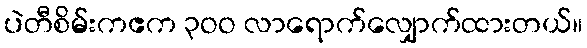
ပဲတီစိမ်းကဧက ၃ဝဝ လာရောက်လျှောက်ထားတယ်။